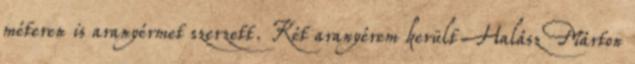
méteren is aranyérmet szerzett. Két aranyérem került Halász Márton